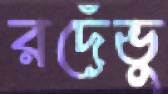
রদেঁভু